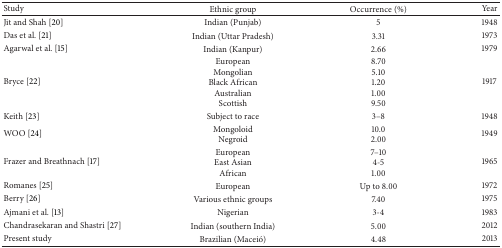
<table><thead><tr><td><b>Study</b></td><td><b>Ethnic group</b></td><td><b>Occurrence (%)</b></td><td><b>Year </b></td></tr></thead><tbody><tr><td>Jit and Shah [20]</td><td>Indian (Punjab)</td><td>5</td><td>1948</td></tr><tr><td>Das et al. [21]</td><td>Indian (Uttar Pradesh)</td><td>3.31</td><td>1973</td></tr><tr><td>Agarwal et al. [15]</td><td>Indian (Kanpur)</td><td>2.66</td><td>1979</td></tr><tr><td>Bryce [22]</td><td>EuropeanMongolianBlack AfricanAustralianScottish</td><td>8.705.101.201.009.50</td><td>1917</td></tr><tr><td>Keith [23]</td><td>Subject to race</td><td>3–8</td><td>1948</td></tr><tr><td>WOO [24]</td><td>MongoloidNegroid</td><td>10.02.00</td><td>1949</td></tr><tr><td>Frazer and Breathnach [17]</td><td>EuropeanEast AsianAfrican</td><td>7–104-51.00</td><td>1965</td></tr><tr><td>Romanes [25]</td><td>European</td><td>Up to 8.00</td><td>1972</td></tr><tr><td>Berry [26]</td><td>Various ethnic groups</td><td>7.40</td><td>1975</td></tr><tr><td>Ajmani et al. [13]</td><td>Nigerian</td><td>3-4</td><td>1983</td></tr><tr><td>Chandrasekaran and Shastri [27]</td><td>Indian (southern India)</td><td>5.00</td><td>2012</td></tr><tr><td>Present study</td><td>Brazilian (Maceió)</td><td>4.48</td><td>2013</td></tr></tbody></table>